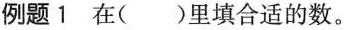
例题1 在（）里填合适的数。